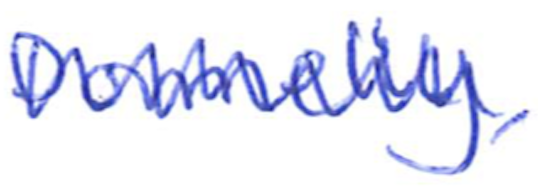
Text: Donnelly,
Cross-out: zig-zag
Writing tool: ballpoint